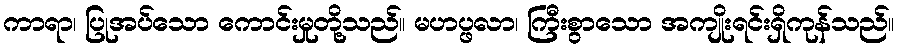
ကာရာ၊ ပြုအပ်သော ကောင်းမှုတို့သည်။ မဟပ္ဖလာ၊ ကြီးစွာသော အကျိုးရင်းရှိကုန်သည်။